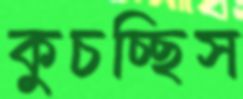
কুচচ্ছিস